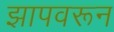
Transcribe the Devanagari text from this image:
झापवरून